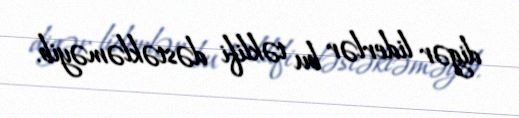
digər liderlər bu təklifi dəstəkləməyib.